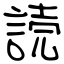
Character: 読